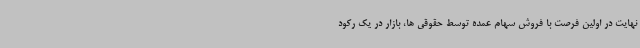
نهایت در اولین فرصت با فروش سهام عمده توسط حقوقی ها، بازار در یک رکود